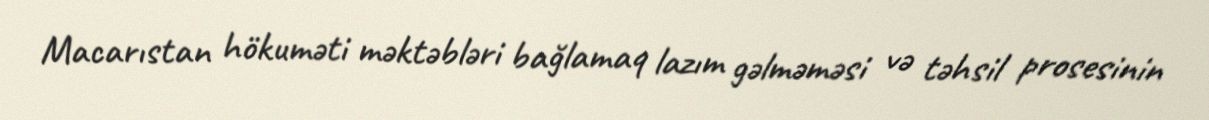
Macarıstan hökuməti məktəbləri bağlamaq lazım gəlməməsi və təhsil prosesinin